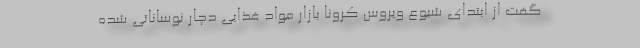
گفت از ابتدای شیوع ویروس کرونا بازار مواد غذایی دچار نوساناتی شده